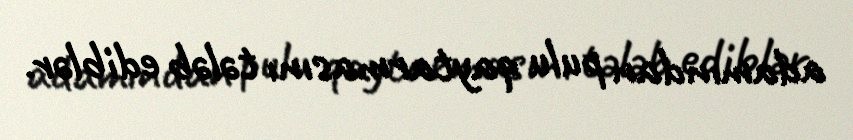
adamından pulu qaytarmasını tələb ediblər.